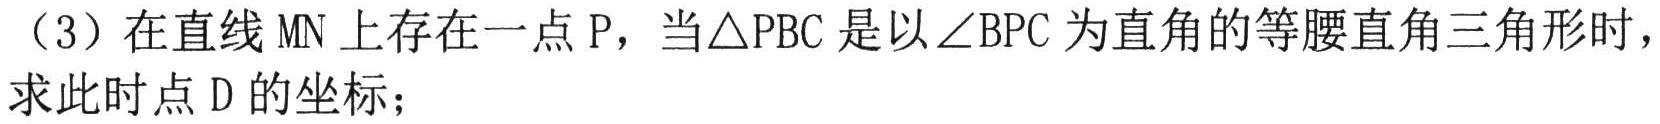
（3）在直线 \(MN\) 上存在一点 \(P\)，当\(\triangle PBC\)是以\(\angle BPC\)为直角的等腰直角三角形时，求此时点 \(D\)的坐标；